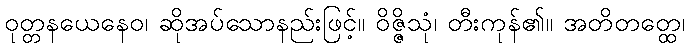
ဝုတ္တနယေနေဝ၊ ဆိုအပ်သောနည်းဖြင့်။ ဝိဇ္ဇိသုံ၊ တီးကုန်၏။ အတိတတ္ထေ၊